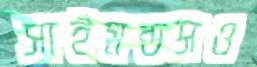
সাইমন্ডসও